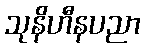
သုနိဟီနပညာ